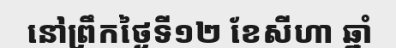
នៅព្រឹកថ្ងៃទី១២ ខែសីហា ឆ្នាំ